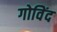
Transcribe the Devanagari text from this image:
गोविेंद